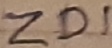
Text: ZD1